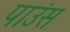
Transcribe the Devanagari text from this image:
पाउंस